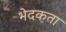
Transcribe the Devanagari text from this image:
भेदकता